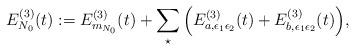
LaTeX: \begin{align*}E_{N_0}^{(3)} (t) & := E^{(3)}_{m_{N_0}} (t) + \sum_{\star} \Big( E^{(3)}_{a,\epsilon_1\epsilon_2}(t) + E^{(3)}_{b,\epsilon_1\epsilon_2}(t) \Big) ,\end{align*}